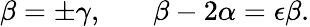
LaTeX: \beta=\pm\gamma,~~~~~~~\beta-2\alpha=\epsilon\beta.